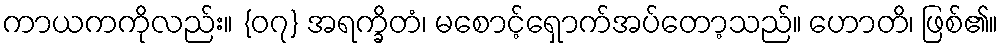
ကာယကကိုလည်း။ {၀၇} အရက္ခိတံ၊ မစောင့်ရှောက်အပ်တော့သည်။ ဟောတိ၊ ဖြစ်၏။